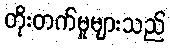
တိုးတက်မှုများသည်